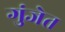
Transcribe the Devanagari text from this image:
गुंजेत